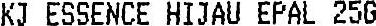
KJ ESSENCE HIJAU EPAL 25G